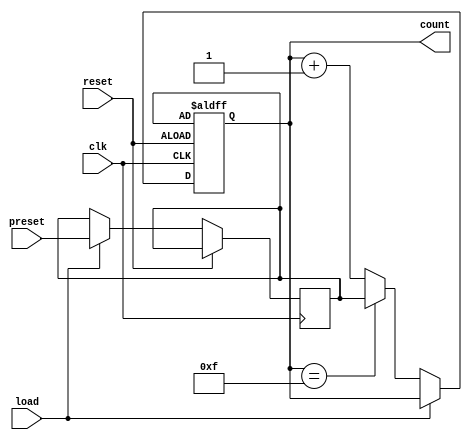
module PresettableCounter #(
    parameter WIDTH = 4 // Width of the counter (can be changed to other values)
)(
    input wire clk,
    input wire reset,
    input wire [WIDTH-1:0] preset,
    input wire load,
    output reg [WIDTH-1:0] count
);

    // Internal register for preset value
    reg [WIDTH-1:0] preset_reg;

    // Counter operation
    always @(posedge clk or posedge reset) begin
        if (reset) begin
            count <= preset_reg; // Reset to preset value
        end else if (load) begin
            preset_reg <= preset;  // Load the preset value
        end else begin
            if (count == (2**WIDTH - 1)) begin
                count <= preset_reg; // Roll over to preset value
            end else begin
                count <= count + 1;   // Increment the counter
            end
        end
    end

    // Initial condition
    initial begin
        count = 0;           // Initialize count
        preset_reg = 0;      // Initialize preset register
    end

endmodule